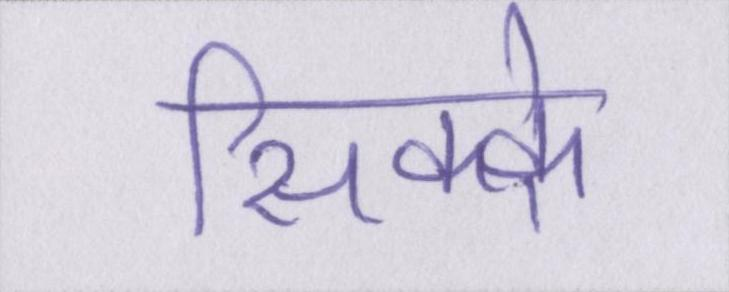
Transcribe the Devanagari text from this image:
सिक्के